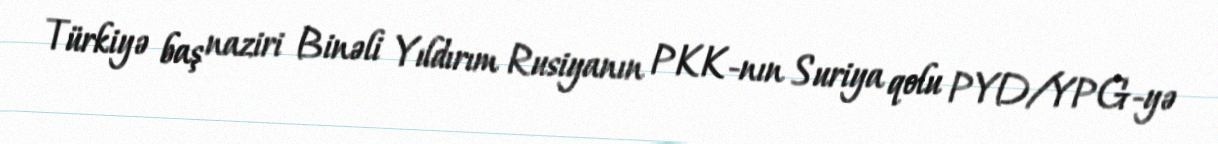
Türkiyə baş naziri Binəli Yıldırım Rusiyanın PKK-nın Suriya qolu PYD/YPG-yə